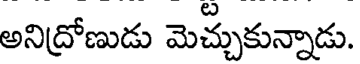
అనిద్రోణుడు మెచ్చుకున్నాడు.